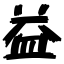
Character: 益